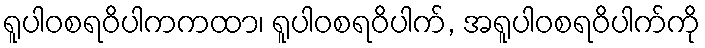
ရူပါဝစရဝိပါကကထာ၊ ရူပါဝစရဝိပါက်, အရူပါဝစရဝိပါက်ကို